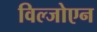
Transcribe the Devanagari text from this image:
विल्जोएन